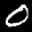
Label: 0